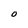
Character: O